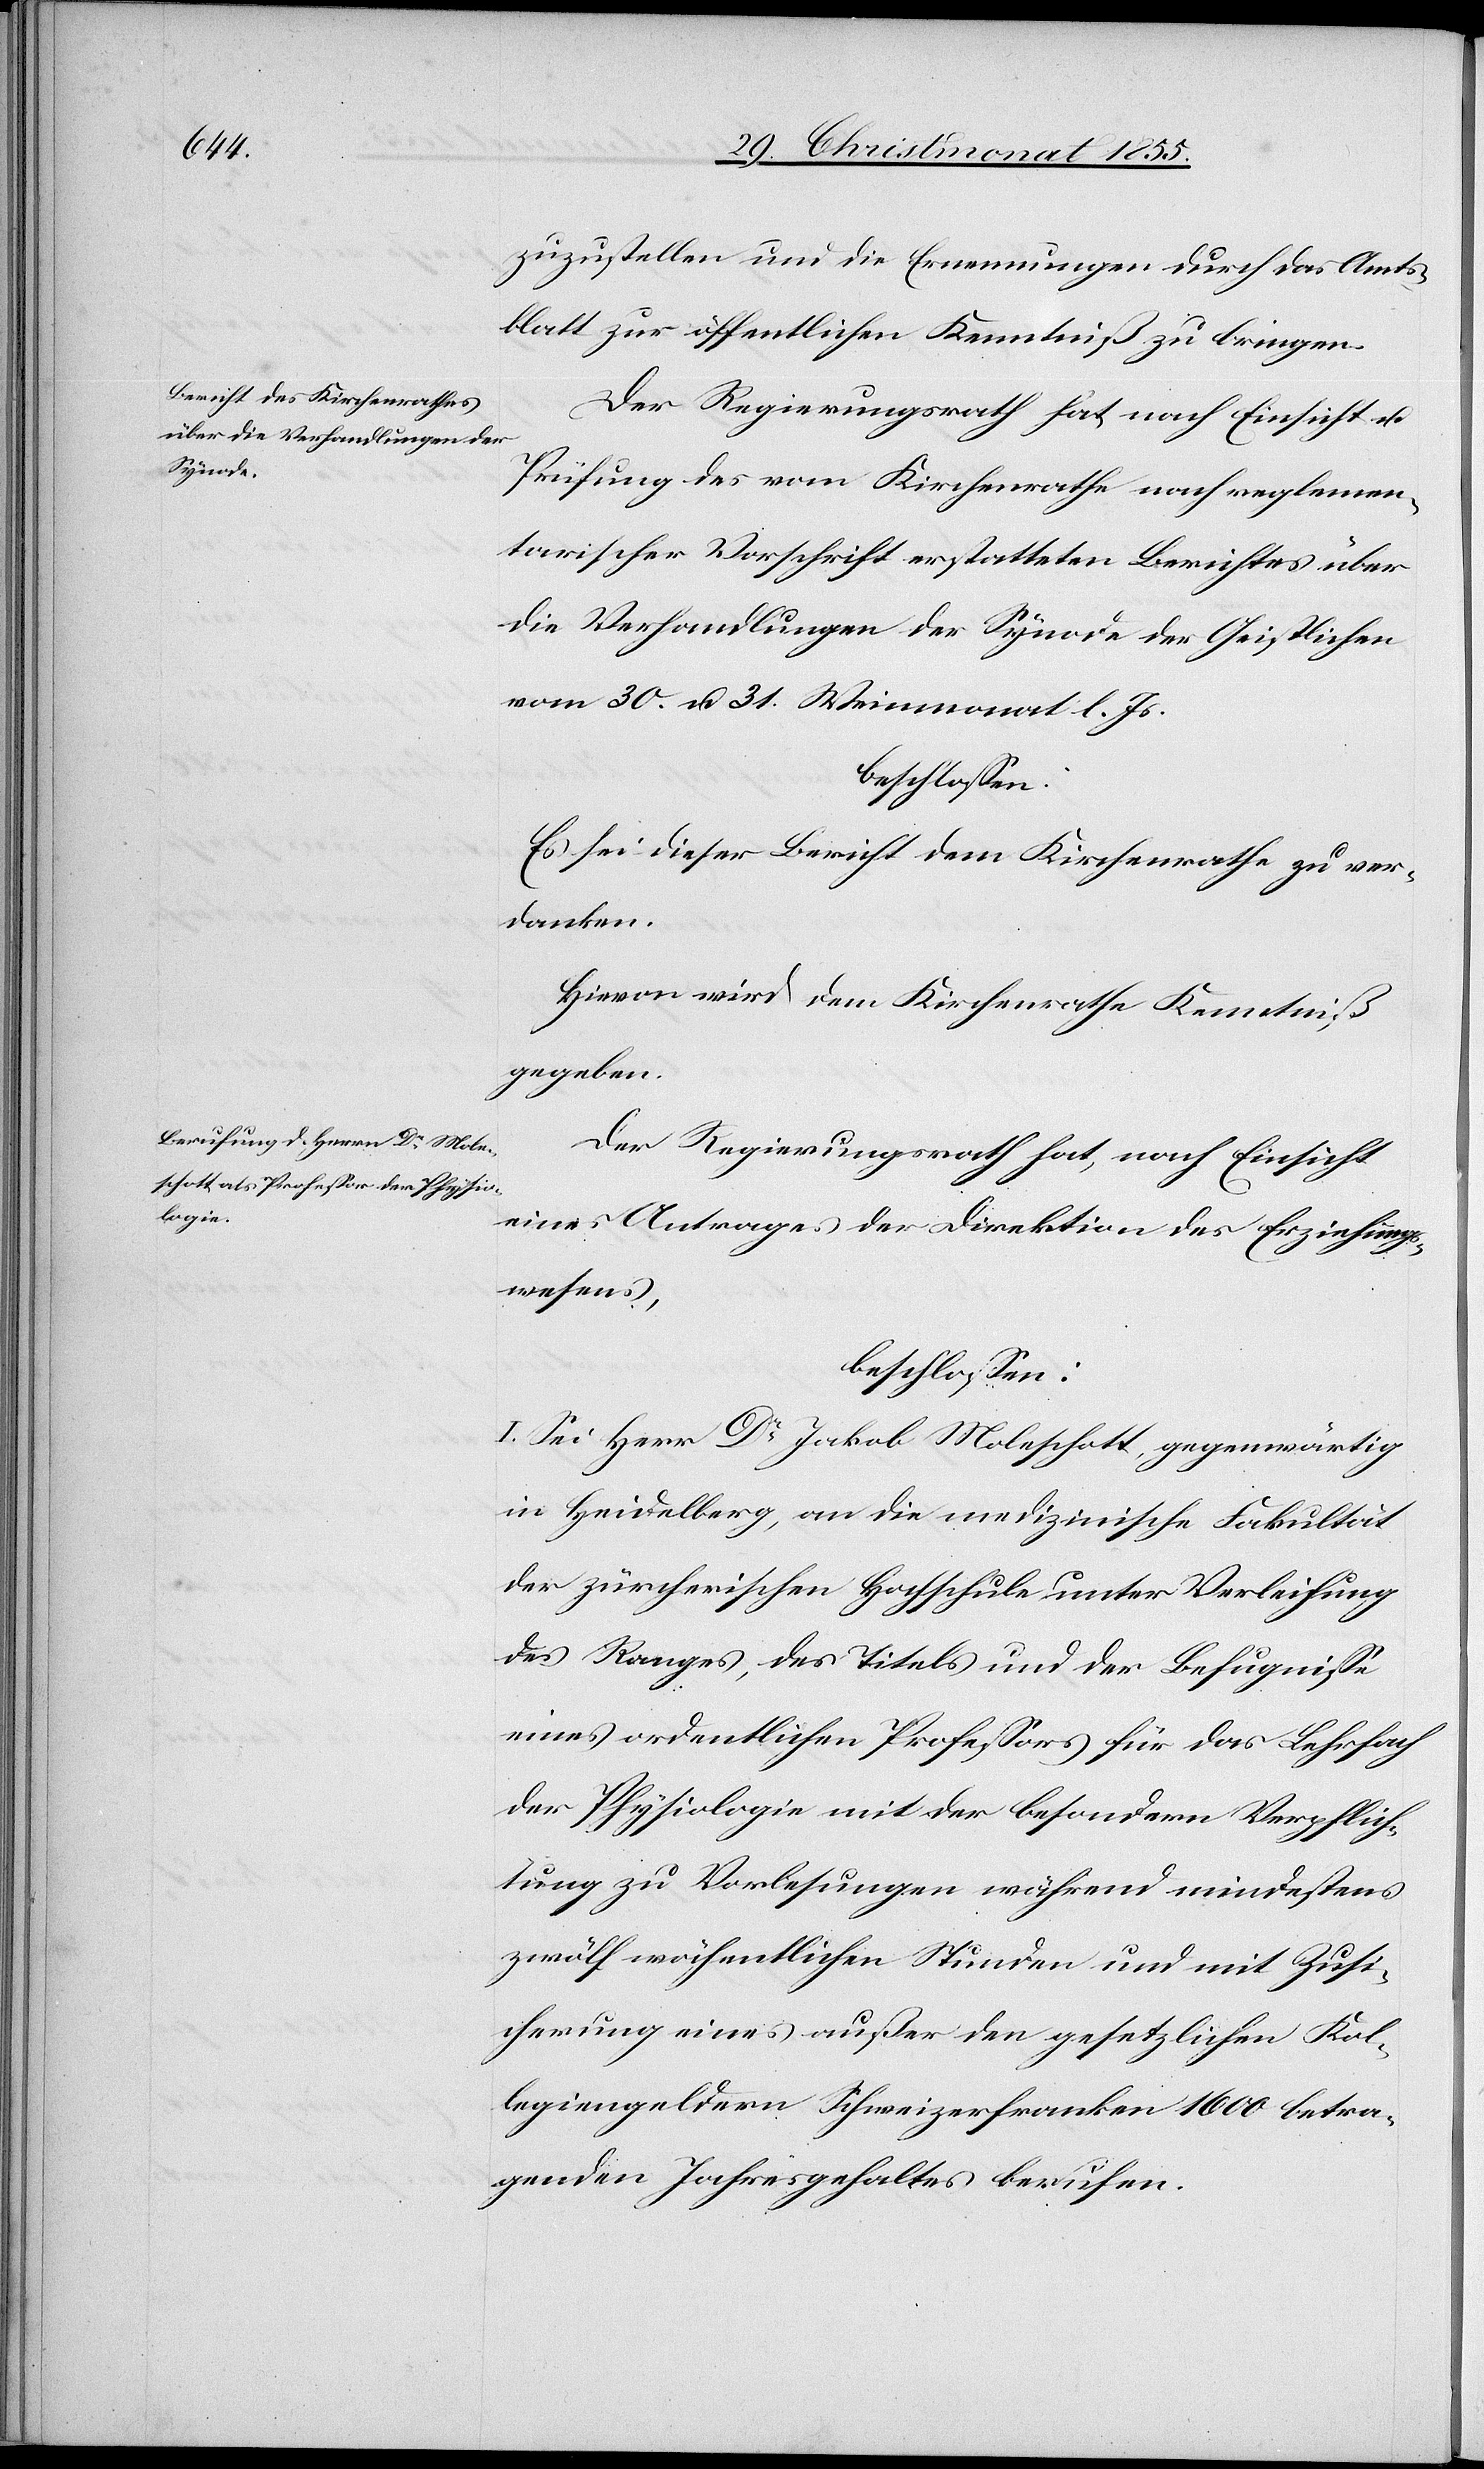
zuzustellen und die Ernennungen durch das Amts¬
blatt zur öffentlichen Kenntniß zu bringen.
Der Regierungsrath hat nach Einsicht u.
Prüfung des vom Kirchenrathe nach reglemen¬
tarischer Vorschrift erstatteten Berichtes über
die Verhandlungen der Synode der Geistlichen
vom 30. u. 31. Weinmonat l. Js.
beschlossen:
Es sei dieser Bericht dem Kirchenrathe zu ver¬
danken.
Hievon wird dem Kirchenrathe Kenntniß
gegeben.
Der Regierungsrath hat, nach Einsicht
eines Antrages der Direktion des Erziehungs¬
wesens,
beschlossen:
I. Sei Herr Dr Jakob Moleschott, gegenwärtig
in Heidelberg, an die medizinische Fakultät
der zürcherischen Hochschule unter Verleihung
des Ranges, des Titels und der Befugnisse
eines ordentlichen Professors für das Lehrfach
der Physiologie mit der besondern Verpflich¬
tung zu Vorlesungen während mindestens
zwölf wöchentlichen Stunden und mit Zusi¬
cherung eines außer den gesetzlichen Kol¬
legiengeldern Schweizerfranken 1600 betra¬
genden Jahresgehaltes berufen.